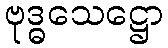
ဗုဒ္ဓသေဋ္ဌော